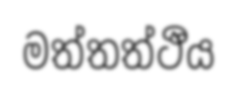
මත්තත්ථීය